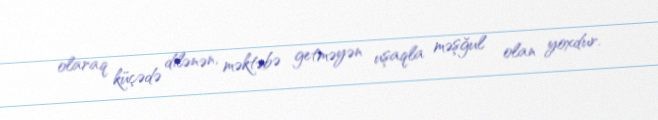
olaraq küçədə dilənən, məktəbə getməyən uşaqla məşğul olan yoxdur.